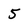
Character: 5